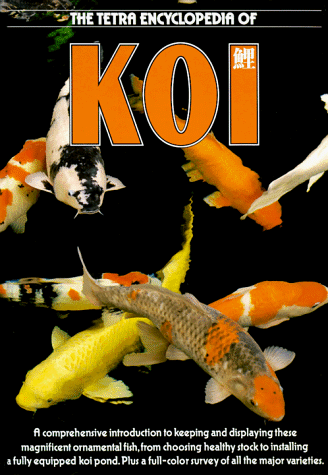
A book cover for The Tetra Encyclopedia of Koi; Tetra Press; Crafts, Hobbies & Home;